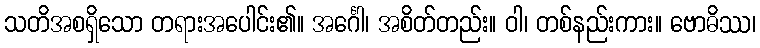
သတိအစရှိသော တရားအပေါင်း၏။ အင်္ဂေါ၊ အစိတ်တည်း။ ဝါ၊ တစ်နည်းကား။ ဗောဓိဿ၊